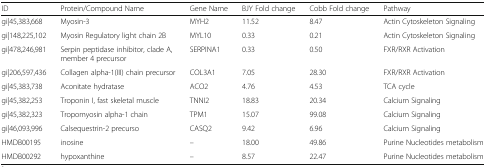
<table><thead><tr><td><b>ID</b></td><td><b>Protein/Compound Name</b></td><td><b>Gene Name</b></td><td><b>BJY Fold change</b></td><td><b>Cobb Fold change</b></td><td><b>Pathway</b></td></tr></thead><tbody><tr><td>gi|45,383,668</td><td>Myosin-3</td><td>MYH2</td><td>11.52</td><td>8.47</td><td>Actin Cytoskeleton Signaling</td></tr><tr><td>gi|148,225,102</td><td>Myosin Regulatory light chain 2B</td><td>MYL10</td><td>0.33</td><td>0.21</td><td>Actin Cytoskeleton Signaling</td></tr><tr><td>gi|478,246,981</td><td>Serpin peptidase inhibitor, clade A, member 4 precursor</td><td>SERPINA1</td><td>0.33</td><td>0.50</td><td>FXR/RXR Activation</td></tr><tr><td>gi|206,597,436</td><td>Collagen alpha-1(III) chain precursor</td><td>COL3A1</td><td>7.05</td><td>28.30</td><td>FXR/RXR Activation</td></tr><tr><td>gi|45,383,738</td><td>Aconitate hydratase</td><td>ACO2</td><td>4.76</td><td>4.53</td><td>TCA cycle</td></tr><tr><td>gi|45,382,253</td><td>Troponin I, fast skeletal muscle</td><td>TNNI2</td><td>18.83</td><td>20.34</td><td>Calcium Signaling</td></tr><tr><td>gi|45,382,323</td><td>Tropomyosin alpha-1 chain</td><td>TPM1</td><td>15.07</td><td>99.08</td><td>Calcium Signaling</td></tr><tr><td>gi|46,093,996</td><td>Calsequestrin-2 precurso</td><td>CASQ2</td><td>9.42</td><td>6.96</td><td>Calcium Signaling</td></tr><tr><td>HMDB00195</td><td>inosine</td><td>–</td><td>18.00</td><td>49.86</td><td>Purine Nucleotides metabolism</td></tr><tr><td>HMDB00292</td><td>hypoxanthine</td><td>–</td><td>8.57</td><td>22.47</td><td>Purine Nucleotides metabolism</td></tr></tbody></table>